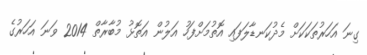
ގިނަ އަހަރުތަކަކަށް މެދުކަނޑާލަފައި އޮތުމަށްފަހު އަލުން އަތޮޅު މުބާރާތް 2014 ވަނަ އަހަރުގެ